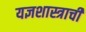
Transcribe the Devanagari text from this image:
यज्ञशास्त्राची